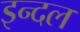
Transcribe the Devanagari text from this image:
इन्दल